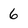
Character: 6